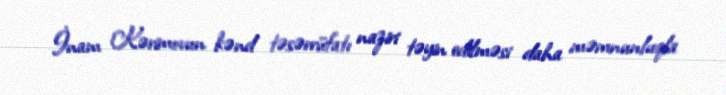
İnam Kərimovun kənd təsərrüfatı naziri təyin edilməsi daha məmnunluqla